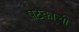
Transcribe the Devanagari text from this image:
षटकाची